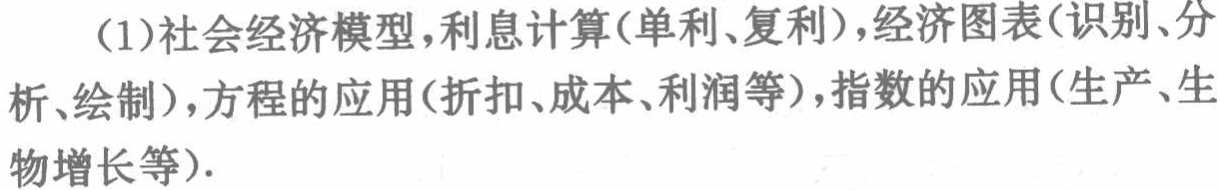
(1)社会经济模型,利息计算(单利、复利),经济图表(识别、分析、绘制),方程的应用(折扣、成本、利润等),指数的应用(生产、生物增长等).